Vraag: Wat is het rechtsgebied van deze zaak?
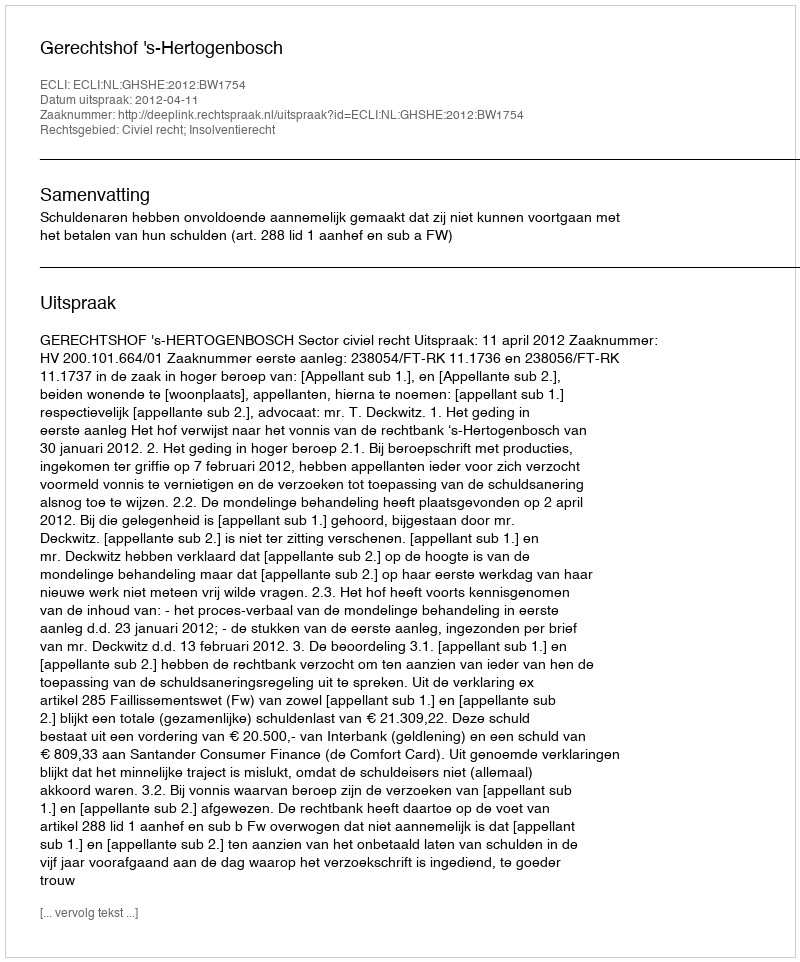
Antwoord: Civiel recht; Insolventierecht